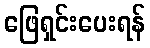
ဖြေရှင်းပေးရန်